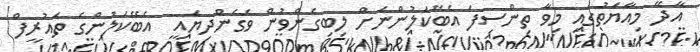
އާދޭ މިއާޔަތުގައި މިވާ ތިންސިފަ އެބޭކަލުންނަށް ލިބިގެންވުން ވެގެންދިޔައީ  އެބޭކަލުންގެ ތައުރީފް